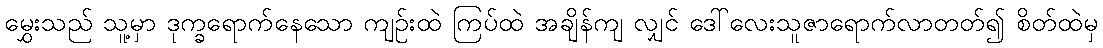
မွှေးသည် သူ့မှာ ဒုက္ခရောက်နေသော ကျဉ်းထဲ ကြပ်ထဲ အချိန်ကျ လျှင် ဒေါ်လေးသူဇာရောက်လာတတ်၍ စိတ်ထဲမှ